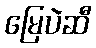
မြေပဲဆီ